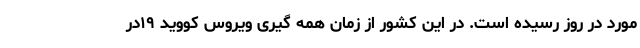
مورد در روز رسیده است. در این کشور از زمان همه گیری ویروس کووید ۱۹در